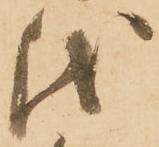
儀